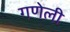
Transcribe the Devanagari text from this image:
गणेली